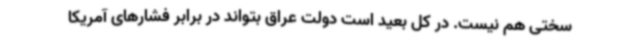
سختی هم نیست. در کل بعید است دولت عراق بتواند در برابر فشارهای آمریکا